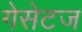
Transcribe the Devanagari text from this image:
गेसेटज